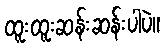
ထူးထူးဆန်းဆန်းပါပဲ။